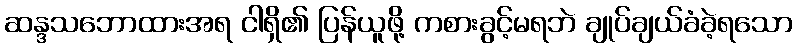
ဆန္ဒသဘောထားအရ ငါရှိ၏ ပြန်ယူဖို့ ကစားခွင့်မရဘဲ ချုပ်ချယ်ခံခဲ့ရသော